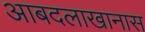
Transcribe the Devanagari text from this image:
आबदलाखानास